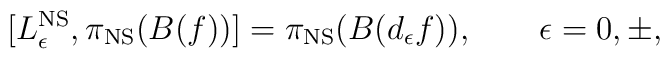
[L_\epsilon^{\rm NS}, \pi_{\rm NS}(B(f))]= \pi_{\rm NS}(B(d_\epsilon f)), \qquad\epsilon = 0, \pm,